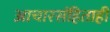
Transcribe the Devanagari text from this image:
आचारसंहिताही